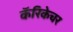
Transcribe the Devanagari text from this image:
कॅरिकेचर